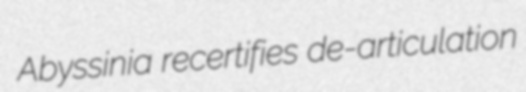
Abyssinia recertifies de-articulation